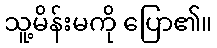
သူ့မိန်းမကို ပြော၏။